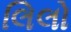
લિલો